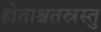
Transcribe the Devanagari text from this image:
ह्येताश्चतस्रस्तु